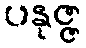
ပနုဇ္ဇ